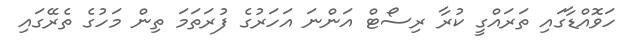
ހަވޮއްޑާގައި ތަަރައްގީ ކުރާ ރިސޯޓް އަންނަ އަހަރުގެ ފުރަތަމަ ތިން މަހުގެ ތެރޭގައި